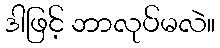
ဒါဖြင့် ဘာလုပ်မလဲ။